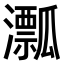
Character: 𤃛